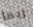
ربما